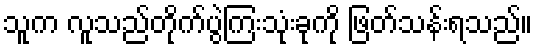
သူက လူသည်တိုက်ပွဲကြးသုံးခုကို ဖြတ်သန်းရသည်။